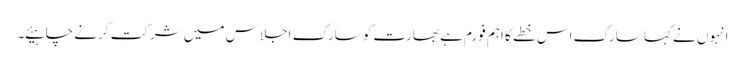
انہوں نے کہا سارک اس خطے کا اہم فورم ہے بھارت کو سارک اجلاس میں شرکت کرنے چاہیئے ۔